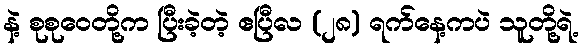
နဲ့ စုစုဝေတို့က ပြီးခဲ့တဲ့ ဧပြီလ (၂၈) ရက်နေ့ကပဲ သူတို့ရဲ့